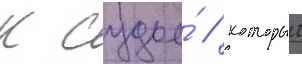
к судье́ / которыи